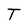
Character: T